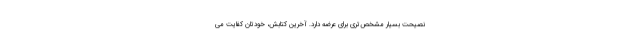
نصیحت بسیار مشخص‌تری برای عرضه دارد. آخرین کتابش، خودتان کفایت می